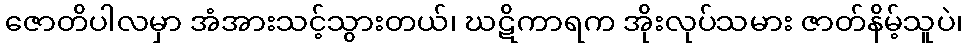
ဇောတိပါလမှာ အံအားသင့်သွားတယ်၊ ဃဋိကာရက အိုးလုပ်သမား ဇာတ်နိမ့်သူပဲ၊